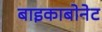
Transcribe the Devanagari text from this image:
बाइकाबोनेट